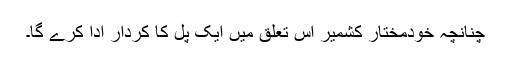
چنانچہ خودمختار کشمیر اس تعلق میں ایک پل کا کردار ادا کرے گا۔